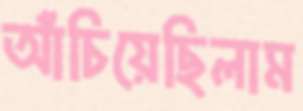
আঁচিয়েছিলাম